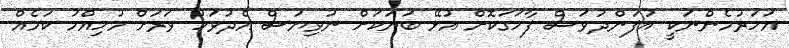
އަހަރުމެންނަކީ އުފަންދުވަސް ފާހަގަކޮށް އުޅޭ ބަޔަކަށް ނުވިޔަސް އެދުވަހު ވަރަށް މުހިއްމު ކަމެއް